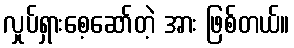
လှုပ်ရှားစေ့ဆော်တဲ့ အား ဖြစ်တယ်။